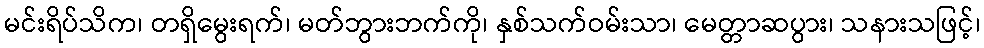
မင်းရိပ်သိက၊ တရှိမွေးရက်၊ မတ်ဘွားဘက်ကို၊ နှစ်သက်ဝမ်းသာ၊ မေတ္တာဆပွား၊ သနားသဖြင့်၊